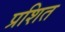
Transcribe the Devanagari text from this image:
प्रशित